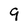
Character: 9